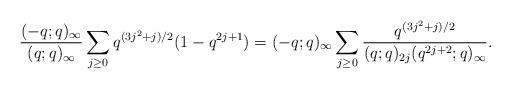
LaTeX: \begin{align*}\frac{(-q;q)_\infty}{(q;q)_\infty}\sum_{j\geq 0} q^{{(3j^2+j)}/{2}}(1-q^{2j+1}) = {(-q;q)_\infty}\sum_{j\geq 0} \frac{q^{{(3j^2+j)}/{2}}}{(q;q)_{2j}(q^{2j+2};q)_\infty}.\end{align*}